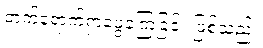
တက်ရောက်ရှာဖွေခဲ့ကြခြင်း ဖြစ်သည်။